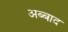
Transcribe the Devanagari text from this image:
अब्बाद